Report on the bubonic plague in Bombay, 1896-1897
Year: 1896
Disease focus: Plague
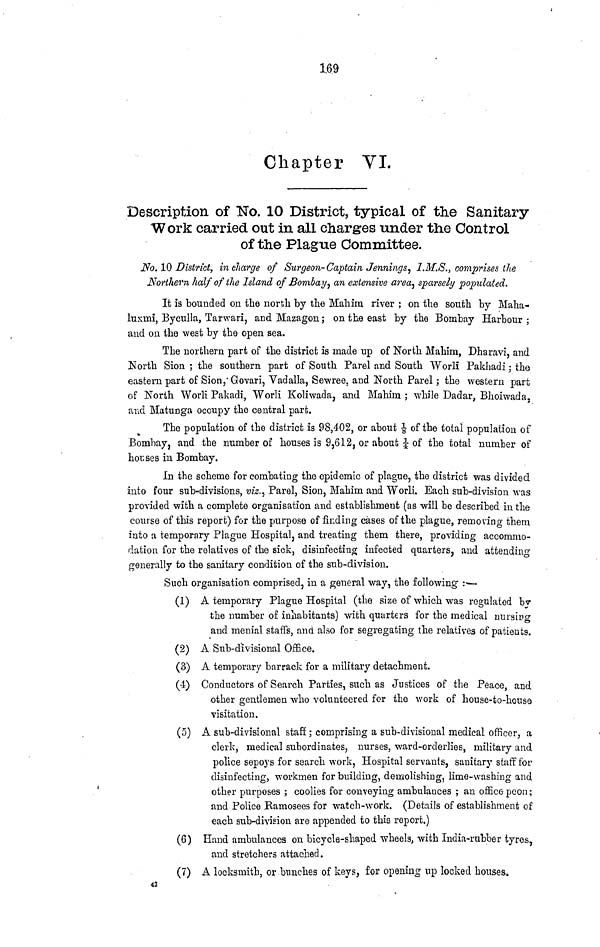
1.69
Chapter VI.
Description of No. 10 District, typical of the Sanitary
Work carried out in all charges under the Control
of the Plague Committee.
No. 10 District, in charge of Surgeon-Captain. Jennings, I.M.S., comprises the
Northern half of the Island of Bombay , an extensive area, sparsely populated.
It is bounded on the north by the Mahim river ; on the south by Maha-
luxrni, Byculla, Tarwari, and Mazagon ; on the east by the Bombay Harbour ;
and on the west by the open sea.
The northern part of the district is made up of North Mahim, Dharavi, and
North Sion ; the southern part of South Parel and South Worli Pakhadi ; the
eastern part of Sion/Govari, Vadalla, Sewree, and North Parel ; the western part
of North Worli Pakadi, Worli Koliwada, and Mahim ; while Dadar, Bhoiwada,
and Matunga occupy the central part.
The population of the district is 98,402, or about of the total population of
Bombay, and the number of houses is 9,612, or about ¼ of the total number of
houses in Bombay.
In the scheme for combating the epidemic of plague, the district was divided
into four sub-divisions, viz., Parel, Sion, Mahim and Worli. Each sub-division was
provided with a complete organisation and establishment (as will be described in the
course of this report) for the purpose of finding cases of the plague, removing them
into a temporary Plague Hospital, and treating them there, providing accommo-
dation for the relatives of the sick, disinfecting infected quarters, and attending
generally to the sanitary condition of the sub-division.
Such organisation comprised, in a general way, the following :—
(1) A temporary Plague Hospital (the size of which was regulated by
the number of inhabitants) with quarters for the medical nursing
and menial staffs, and also for segregating the relatives of patients.
(2) A Sub-divisional Office.
(3) A temporary barrack for a military detachment.
(4) Conductors of Search Parties, such as Justices of the Peace, and
other gentlemen who volunteered for the work of house-to-house
visitation.
(5) A sub-divisional staff ; comprising a sub-divisional medical officer, a
clerk, medical subordinates, nurses, ward-orclerlies, military and
police sepoys for search work, Hospital servants, sanitary staff for
disinfecting, workmen for building, demolishing, lime-washing and
other purposes ; coolies for conveying ambulances ; an office peon ;
and Police Ramosees for watch-work. (Details of establishment of
each sub-division are appended to this report.)
(6) Hand ambulances on bicycle-shaped wheels, with India-rubber tyres,
and stretchers attached.
(7) A locksmith, or bunches of keys, for opening up locked houses.
43